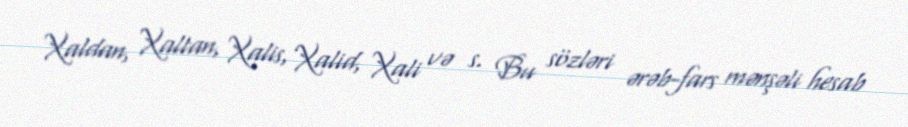
Xaldan, Xaltan, Xalis, Xalid, Xali və s. Bu sözləri ərəb-fars mənşəli hesab